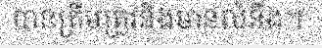
បានត្រឹមត្រូវនិងមានលំនឹង។